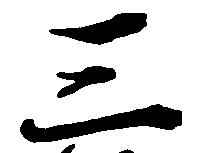
三